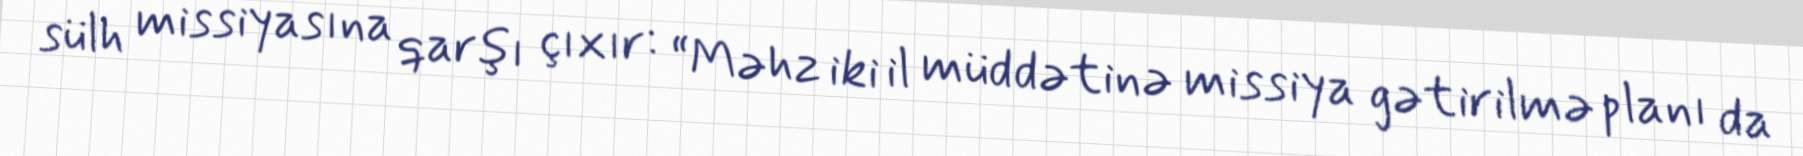
sülh missiyasına qarşı çıxır: “Məhz iki il müddətinə missiya gətirilmə planı da